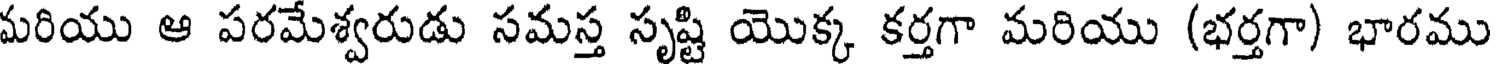
మరియు ఆ పరమేశ్వరుడు సమస్త సృష్టి యొక్క కర్తగా మరియు (భర్తగా) భారము